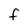
Character: F